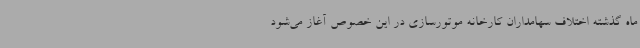
ماه گذشته اختلاف سهامداران کارخانه موتورسازی در این خصوص آغاز می‌شود